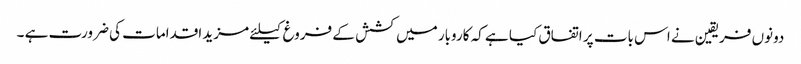
دونوں فریقین نے اس بات پر اتفاق کیا ہے کہ کاروبار میں کشش کے فروغ کیلئے مزید اقدامات کی ضرورت ہے ۔